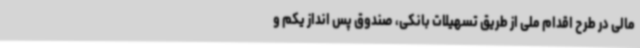
مالی در طرح اقدام ملی از طریق تسهیلات بانکی، صندوق پس انداز یکم و